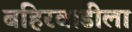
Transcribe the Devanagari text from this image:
बहिरवाडीला